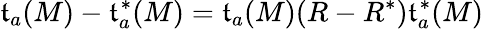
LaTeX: \mathfrak{t}_{a}(M)-\mathfrak{t}_{a}^{*}(M)=\mathfrak{t}_{a}(M)(R-R^{*})\mathfrak{t}_{a}^{*}(M)